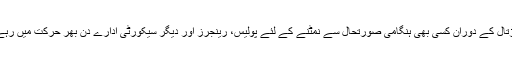
ہڑتال کے دوران کسی بھی ہنگامی صورتحال سے نمٹنے کے لئے پولیس، رینجرز اور دیگر سیکورٹی ادارے دن بھر حرکت میں رہے۔